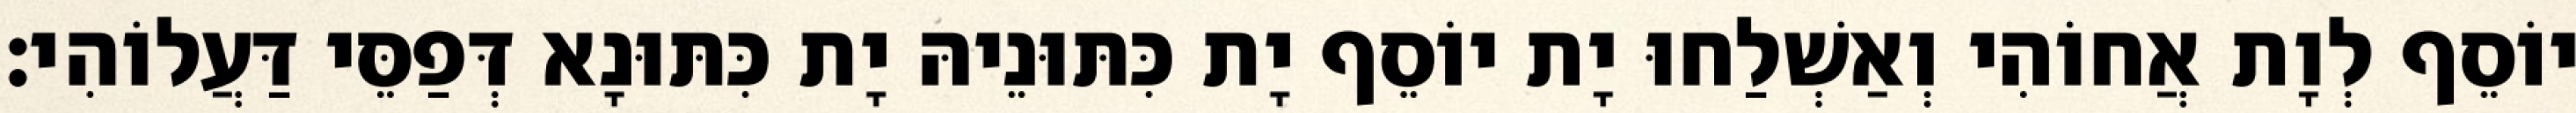
יוֹסֵף לְוָת אֲחוֹהִי וְאַשְׁלַחוּ יָת יוֹסֵף יָת כִּתּוּנֵיהּ יָת כִּתּוּנָא דְּפַסֵּי דַּעֲלוֹהִי׃